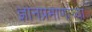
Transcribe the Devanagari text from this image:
ज्ञानप्रमाणांच्या